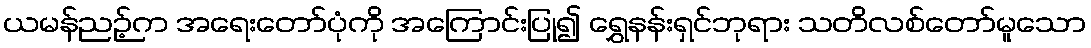
ယမန်ညဉ့်က အရေးတော်ပုံကို အကြောင်းပြု၍ ရွှေနန်းရှင်ဘုရား သတိလစ်တော်မူသော